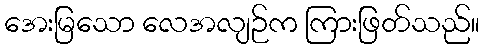
အေးမြသော လေအလျဉ်က ကြားဖြတ်သည်။